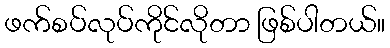
ဖက်စပ်လုပ်ကိုင်လိုတာ ဖြစ်ပါတယ်။